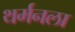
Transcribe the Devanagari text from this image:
थर्मनला